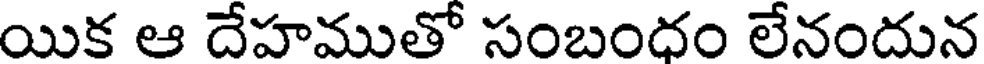
యిక ఆ దేహముతో సంబందం లేనందున